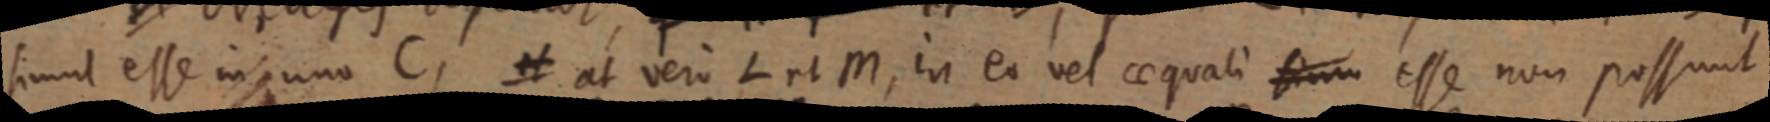
simul esse in uno C, et at vero L et M, in eo vel aequali sim esse non possunt